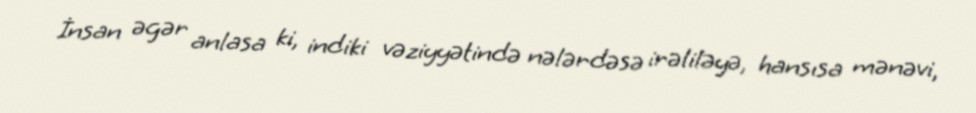
İnsan əgər anlasa ki, indiki vəziyyətində nələrdəsə irəliləyə, hansısa mənəvi,